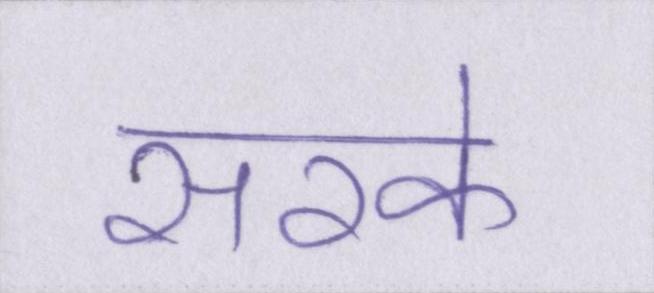
सरके